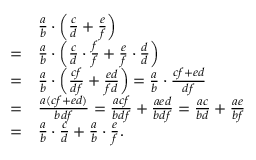
{ \begin{array} { r l } & { { \frac { a } { b } } \cdot \left( { \frac { c } { d } } + { \frac { e } { f } } \right) } \\ { = } & { { \frac { a } { b } } \cdot \left( { \frac { c } { d } } \cdot { \frac { f } { f } } + { \frac { e } { f } } \cdot { \frac { d } { d } } \right) } \\ { = } & { { \frac { a } { b } } \cdot \left( { \frac { c f } { d f } } + { \frac { e d } { f d } } \right) = { \frac { a } { b } } \cdot { \frac { c f + e d } { d f } } } \\ { = } & { { \frac { a ( c f + e d ) } { b d f } } = { \frac { a c f } { b d f } } + { \frac { a e d } { b d f } } = { \frac { a c } { b d } } + { \frac { a e } { b f } } } \\ { = } & { { \frac { a } { b } } \cdot { \frac { c } { d } } + { \frac { a } { b } } \cdot { \frac { e } { f } } . } \end{array} }